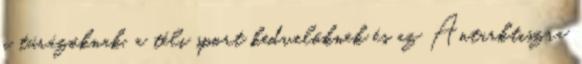
a túrázóknak, a téli sport kedvelőknek és az Antarktiszra